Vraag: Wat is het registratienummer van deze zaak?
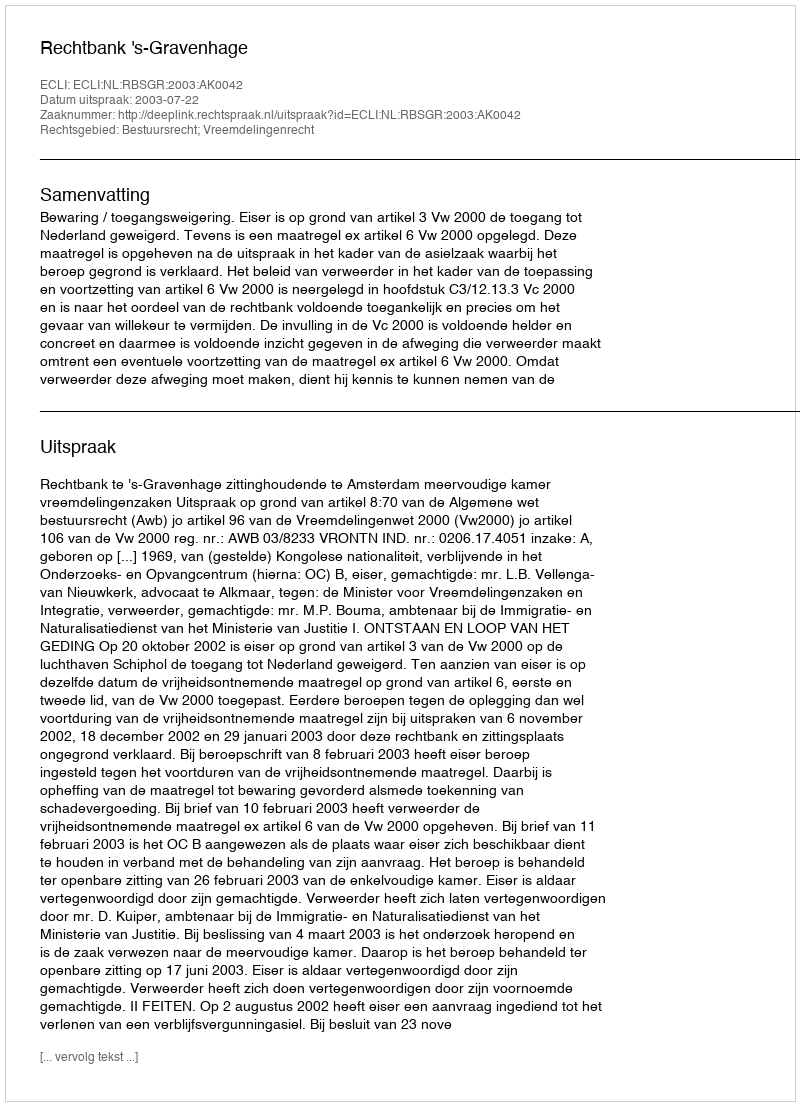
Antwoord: http://deeplink.rechtspraak.nl/uitspraak?id=ECLI:NL:RBSGR:2003:AK0042